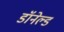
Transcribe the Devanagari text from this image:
डॉनेल्ड